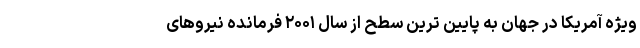
ویژه آمریکا در جهان به پایین ترین سطح از سال ۲۰۰۱ فرمانده نیروهای